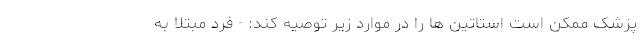
پزشک ممکن است استاتین ها را در موارد زیر توصیه کند: - فرد مبتلا به